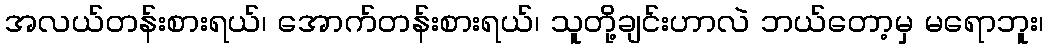
အလယ်တန်းစားရယ်၊ အောက်တန်းစားရယ်၊ သူတို့ချင်းဟာလဲ ဘယ်တော့မှ မရောဘူး၊